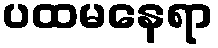
ပထမနေရာ